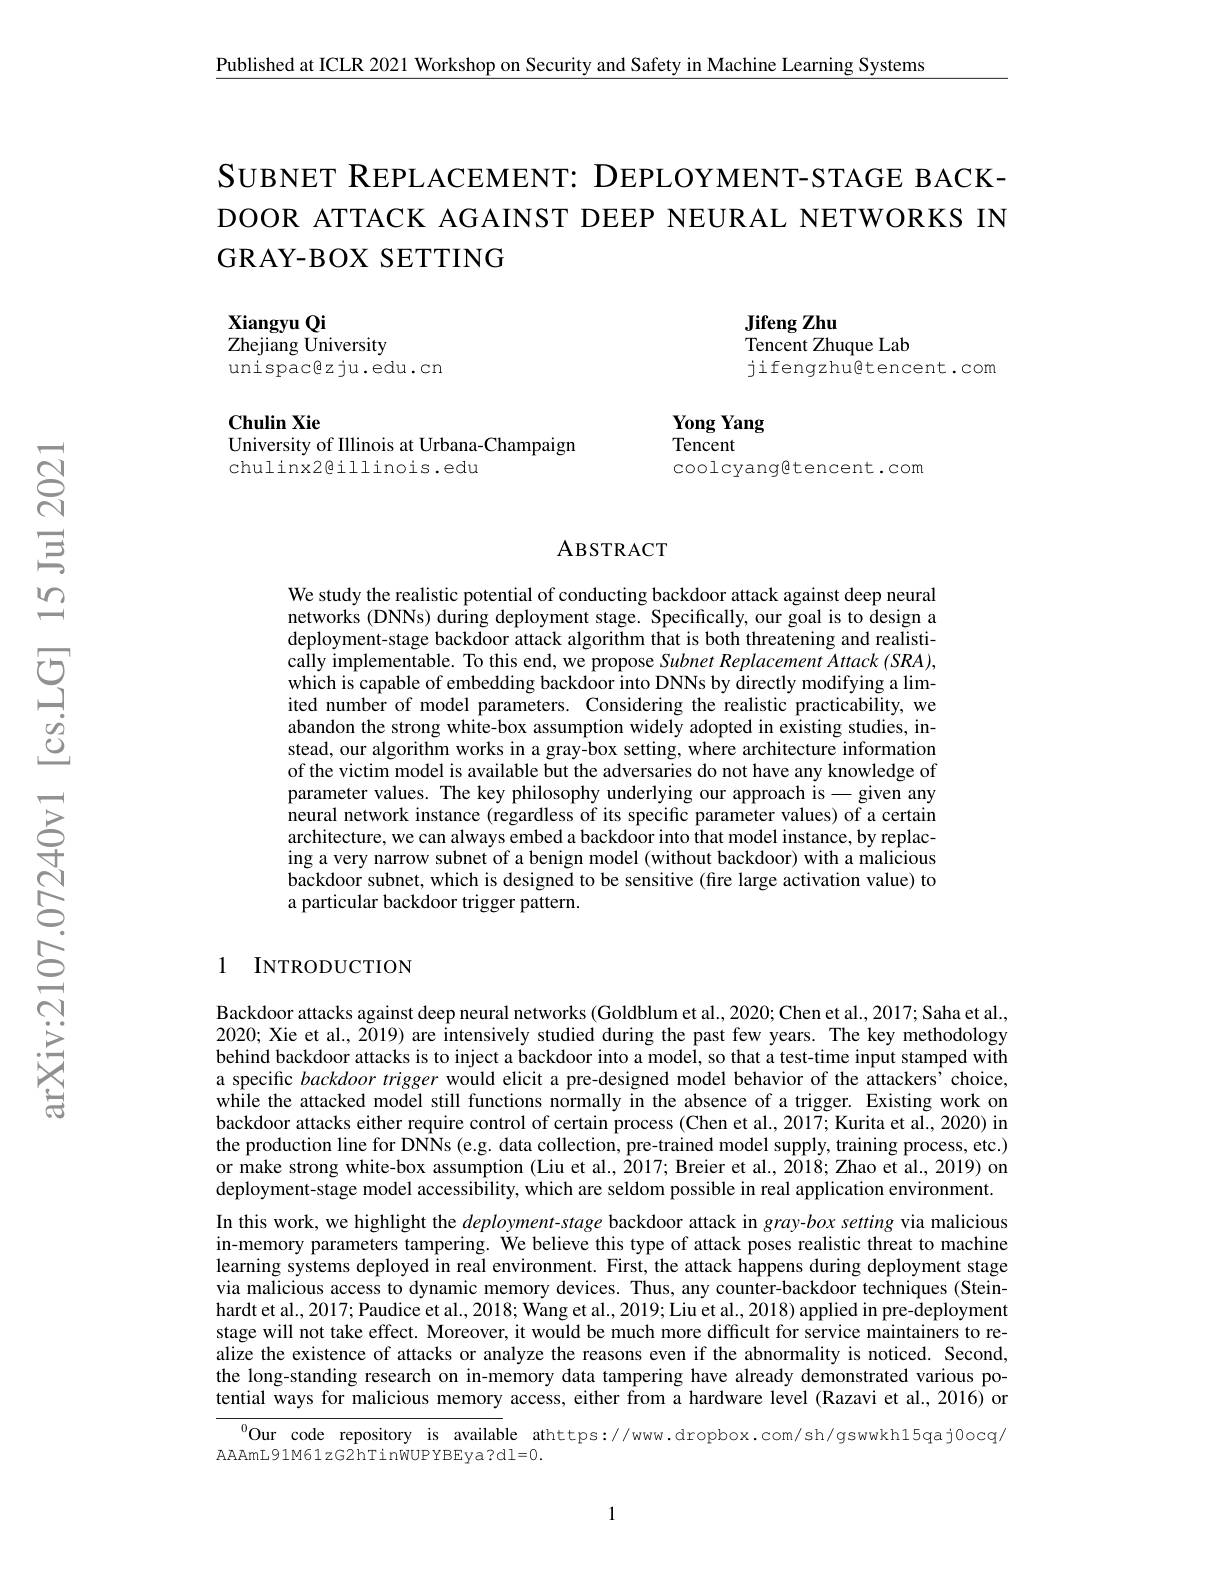
$\underline{\text{Published at ICLR 2021 Workshop on Security and Safety in Machine Learning Systems}}$

SUBNET REPLACEMENT: DEPLOYMENT-STAGE BACKDOOR ATTACK AGAINST DEEP NEURAL NETWORKS IN GRAY-BOX SETTING

Xiangyu Qi
Zhejiang University
unispacêz ju.edu.cn

Jifeng Zhu
${\tilde{\text{Tencent Zhuque Lab}}}$
jifengzhu@tencent.com

$\mathbf{ChulinXie}$
University of Illinois at Urbana-Champaign

Yong Yang
$\bar{\text{Tencent}}$
coolcyangetencent.com

chulinx2@illinois.edu

ABSTRACT

We study the realistic potential of conducting backdoor attack against deep neural networks (DNNs) during deployment stage. Specifically, our goal is to design a deployment-stage backdoor attack algorithm that is both threatening and realistically implementable. To this end, we propose Subnet Replacement Attack (SRA), which is capable of embedding backdoor into DNNs by directly modifying a limited number of model parameters. Considering the realistic practicability, we abandon the strong white-box assumption widely adopted in existing studies, instead, our algorithm works in a gray-box setting, where architecture information of the victim model is available but the adversaries do not have any knowledge of parameter values. The key philosophy underlying our approach is - given any neural network instance (regardless of its specific parameter values) of a certain architecture, we can always embed a backdoor into that model instance, by replacing a very narrow subnet of a benign model (without backdoor) with a malicious backdoor subnet, which is designed to be sensitive (fire large activation value) to a particular backdoor trigger pattern.

## 1 INTRODUCTION

Backdoor attacks against deep neural networks (Goldblum et al., 2020; Chen et al., 2017; Saha et al., 2020; Xie et al., 2019) are intensively studied during the past few years. The key methodology behind backdoor attacks is to inject a backdoor into a model, so that a test-time input stamped with a specific backdoor trigger would elicit a pre-designed model behavior of the attackers'choice, while the attacked model still functions normally in the absence of a trigger. Existing work on backdoor attacks either require control of certain process (Chen et al., 2017; Kurita et al., 2020) in the production line for DNNs (e.g. data collection, pre-trained model supply, training process, etc.) or make strong white-box assumption (Liu et al., 2017; Breier et al., 2018; Zhao et al., 2019) on deployment-stage model accessibility, which are seldom possible in real application environment. In this work, we highlight the deployment-stage backdoor attack in gray-box setting via malicious in-memory parameters tampering. We believe this type of attack poses realistic threat to machine learning systems deployed in real environment. First, the attack happens during deployment stage via malicious access to dynamic memory devices. Thus, any counter-backdoor techniques (Steinhardt et al., 2017; Paudice et al., 2018; Wang et al., 2019; Liu et al., 2018) applied in pre-deployment stage will not take effect. Moreover, it would be much more difficult for service maintainers to realize the existence of attacks or analyze the reasons even if the abnormality is noticed. Second, the long-standing research on in-memory data tampering have already demonstrated various potential ways for malicious memory access, either from a hardware level (Razavi et al., 2016) or
$^{0}$Our code repository is available athttps://www.dropbox.com/sh/gswwkh15qaj0ocq/

AAAmL91M61zG2hTinWUPYBEya?dl=0.

1